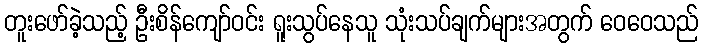
တူးဖော်ခဲ့သည့် ဦးစိန်ကျော်ဝင်း ရူးသွပ်နေသူ သုံးသပ်ချက်များအတွက် ဝေဝေသည်